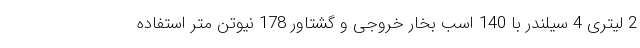
2 لیتری 4 سیلندر با 140 اسب بخار خروجی و گشتاور 178 نیوتن متر استفاده